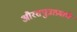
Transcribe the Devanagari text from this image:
औरसपुत्राप्रमाणे